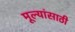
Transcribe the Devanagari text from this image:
मूल्यांसाठी